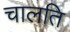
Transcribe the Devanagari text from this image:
चालति